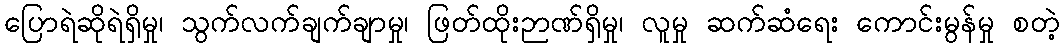
ပြောရဲဆိုရဲရှိမှု၊ သွက်လက်ချက်ချာမှု၊ ဖြတ်ထိုးဉာဏ်ရှိမှု၊ လူမှု ဆက်ဆံရေး ကောင်းမွန်မှု စတဲ့